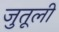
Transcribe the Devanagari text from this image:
जुतूली